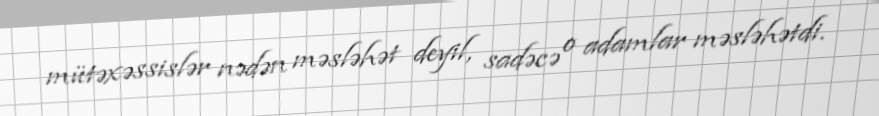
mütəxəssislər nədən məsləhət deyil, sadəcə o adamlar məsləhətdi.